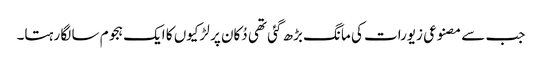
جب سے مصنوعی زیورات کی مانگ بڑھ گئی تھی دُکان پر لڑکیوں کا ایک ہجوم سا لگا رہتا۔